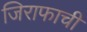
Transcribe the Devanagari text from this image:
जिराफाची